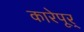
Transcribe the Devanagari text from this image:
कारेपूर्